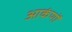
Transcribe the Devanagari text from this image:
आकंणों